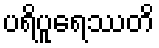
ပရိပူရေဿတိ